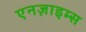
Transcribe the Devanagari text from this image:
एनज़ाइम्स